Reports on military cantonments and civil stations in the Presidency of Bombay inspected by the Sanitary Commissioner in the years 1875 and 1876
Year: 1875
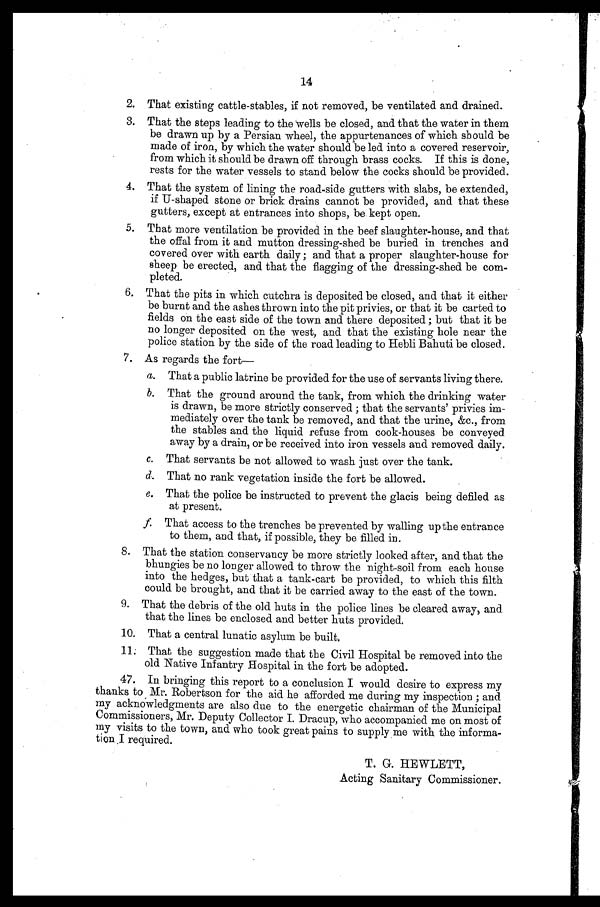
14
2. That existing cattle-stables, if not removed, be ventilated and drained.
3. That the steps leading to the wells be closed, and that the water in them
be drawn up by a Persian wheel, the appurtenances of which should be
made of iron, by which the water should be led into a covered reservoir,
from which it should be drawn off through brass cocks. If this is done,
rests for the water vessels to stand below the cocks should be provided.
4. That the system of lining the road-side gutters with slabs, be extended,
if U-shaped stone or brick drains cannot be provided, and that these
gutters, except at entrances into shops, be kept open.
5. That more ventilation be provided in the beef slaughter-house, and that
the offal from it and mutton dressing-shed be buried in trenches and
covered over with earth daily ; and that a proper slaughter-house for
sheep be erected, and that the flagging of the dressing-shed be com-
pleted.
6. That the pits in which cutchra is deposited be closed, and that it either
be burnt and the ashes thrown into the pit privies, or that it be carted to
fields on the east side of the town and there deposited ; but that it be
no longer deposited on the west, and that the existing hole near the
police station by the side of the road leading to Hebli Bahuti be closed.
7. As regards the fort
That a public latrine be provided for the use of servants living there.
That the ground around the tank, from which the drinking water
is drawn, be more strictly conserved ; that the servants' privies im-
mediately over the tank be removed, and that the urine, &c., from
the stables and the liquid refuse from cook-houses be conveyed
away by a drain, or be received into iron vessels and removed daily.
That servants be not allowed to wash just over the tank.
That no rank vegetation inside the fort be allowed.
That the police be instructed to prevent the glacis being defiled as
at present.
That access to the trenches be prevented by walling up the entrance
to them, and that, if possible, they be filled in.
8. That the station conservancy be more strictly looked after, and that the
bhungies be no longer allowed to throw the night-soil from each house
into the hedges, but that a tank-cart be provided, to which this filth
could be brought, and that it be carried away to the east of the town.
9. That the debris of the old huts in the police lines be cleared away, and
that the lines be enclosed and better huts provided.
10. That a central lunatic asylum be built.
11: That the suggestion made that the Civil Hospital be removed into the
old Native Infantry Hospital in the fort be adopted.
47. In bringing this report to a conclusion I would desire to express my
thanks to Mr. Robertson for the aid he afforded me during my inspection ; and
my acknowledgments are also due to the energetic chairman of the Municipal
Commissioners, Mr. Deputy Collector I. Dracup, who accompanied me on most of
my visits to the town, and who took great pains to supply me with the informa-
tion .I required.
T. G. HEWLETT,
Acting Sanitary Commissioner.